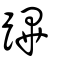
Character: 蹕